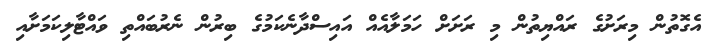
އެގޮތުން މިރަށުގެ ރައްޔިތުން މި ރަށަށް ހަމަލާއެއް އައިސްދާނެކަމުގެ ބިރުން ނެރުބައްތި ވައްޓާލިކަމަށާއި